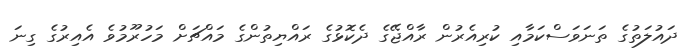
ދައުލަތުގެ ތަނަވަސްކަމާއި ކުރިއެރުން ރާއްޖޭގެ ދެކޮޅުގެ ރައްޔިތުންގެ މައްޗަށް މަހުރޫމުވެ އެއިރުގެ ގިނަ